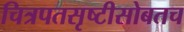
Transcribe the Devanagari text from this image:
चित्रपतसृष्टीसोबतच